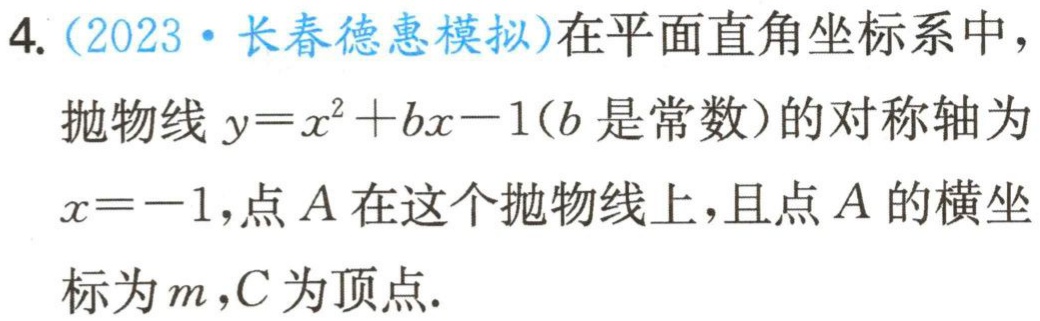
4.（2023·长春德惠模拟）在平面直角坐标系中，

抛物线\(y = x^{2}+bx - 1\)（\(b\)是常数）的对称轴为

\(x=-1\)，点\(A\)在这个抛物线上，且点\(A\)的横坐

标为\(m\)，\(C\)为顶点.